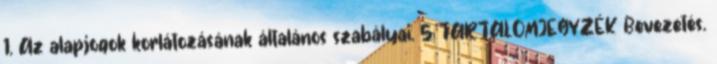
1. Az alapjogok korlátozásának általános szabályai. 5 TARTALOMJEGYZÉK Bevezetés.